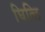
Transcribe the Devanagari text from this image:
घित्लि